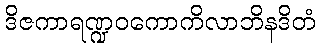
ဒိဇကာရဏ္ဍဝကောကိလာဘိနဒိတံ